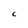
Character: C